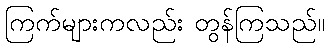
ကြက်များကလည်း တွန်ကြသည်။